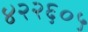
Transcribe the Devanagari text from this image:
४२२६०५